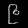
Digit: ၉